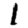
Digit: 1